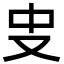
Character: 㕜